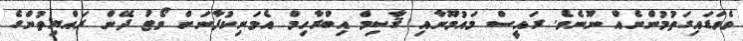
ވެވަޑައިގަތުމުންނެއް ނޫނެވެ. ރައީސް މައުމޫނާއި ޤާސިމް އިބްރާހިމް އެމަނިކުފާނަށް ވޯޓު ދޭން ރައްޔިތުންގެ